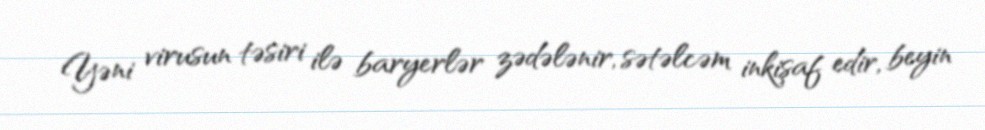
Yəni virusun təsiri ilə baryerlər zədələnir, sətəlcəm inkişaf edir, beyin